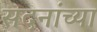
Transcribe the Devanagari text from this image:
सदनांच्या